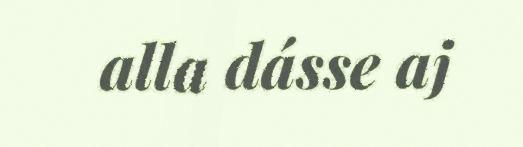
alla dásse aj